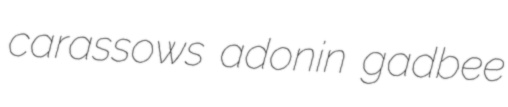
carassows adonin gadbee